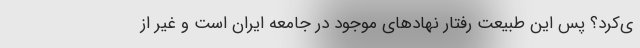
ی‌کرد؟ پس این طبیعت رفتار نهادهای موجود در جامعه ایران است و غیر از